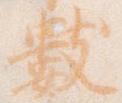
数